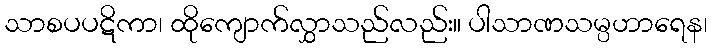
သာစပပဋိကာ၊ ထိုကျောက်လွှာသည်လည်း။ ပါသာဏသမ္ပဟာရေန၊